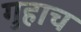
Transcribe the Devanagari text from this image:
गुहाच